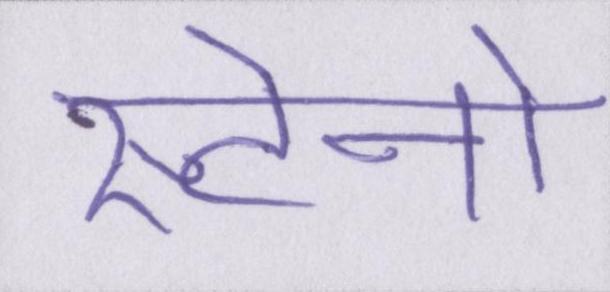
स्टेनो